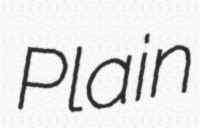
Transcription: Plain